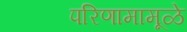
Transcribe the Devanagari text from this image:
परिणामामूळे